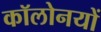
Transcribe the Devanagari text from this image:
कॉलोनयों